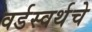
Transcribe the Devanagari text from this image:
वर्डस्वर्थचे